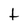
Character: t